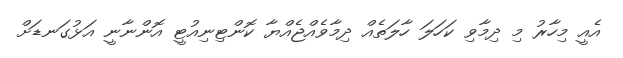
އެއީ މިހާރު މި ދިމާވި ކަހަލަ ހާލަތެއް ދިމާވެއްޖެއްޔާ ކޮންޓިނިއުޓީ އޮންނާނީ އަޅުގަނޑަށް